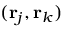
( \mathbf { r } _ { j } , \mathbf { r } _ { k } )